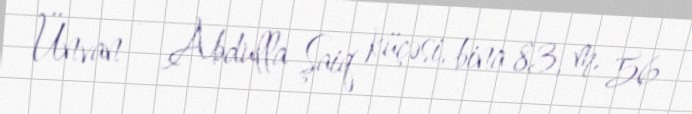
Ünvan - Abdulla Şaiq küçəsi, bina 83, m. 56